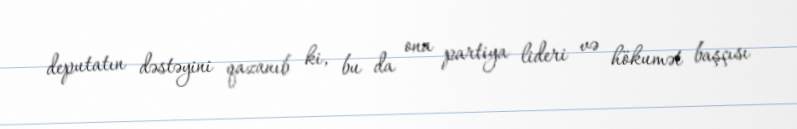
deputatın dəstəyini qazanıb ki, bu da ona partiya lideri və hökumət başçısı